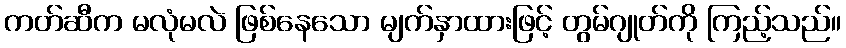
ကတ်ဆီက မလုံမလဲ ဖြစ်နေသော မျက်နှာထားဖြင့် တွမ်ဂျုတ်ကို ကြည့်သည်။